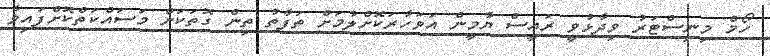
ހޯމް މިނިސްޓަރު ވިދާޅުވީ ރައީސް ޔާމީން އަވަހާރަކޮށްލުމަށް ތަފާތު ތިން ގޮތަކަށް މަސައްކަތްކޮށްފައިވާ